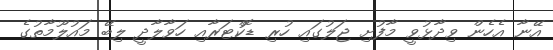
އޭނާ އެހެން ވިދާޅުވީ މާފުށި ޖަލުގައި ހުރި ޑޮކްޓަރާއި ހަވާލާދީ ލިބޭ މައުލޫމާތުގެ